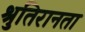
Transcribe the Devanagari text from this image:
श्रुतिरानता